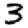
Digit: 3